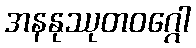
အနနုဿုတဝဂ္ဂေါ